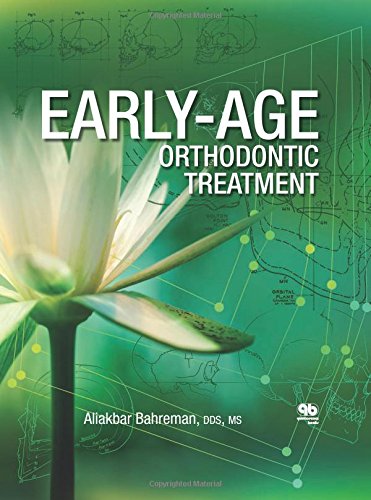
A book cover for Early-Age Orthodontic Treatment; Aliakbar Bahreman; Medical Books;